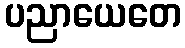
ပညာယေတေ